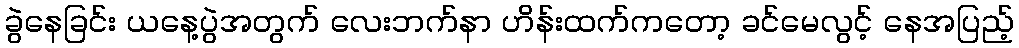
ခွဲနေခြင်း ယနေ့ပွဲအတွက် လေးဘက်နာ ဟိန်းထက်ကတော့ ခင်မေလွင့် နေအပြည့်